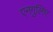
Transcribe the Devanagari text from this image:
एनगुलिए